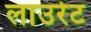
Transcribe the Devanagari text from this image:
लाउरेट